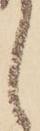
し